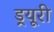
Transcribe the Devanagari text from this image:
ड्रयूरी